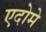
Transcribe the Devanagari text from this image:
एदोमे